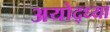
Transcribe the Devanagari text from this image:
अयोद्ध्या